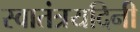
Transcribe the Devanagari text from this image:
स्वातंत्रयदिनी